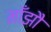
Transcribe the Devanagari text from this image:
माँझौ